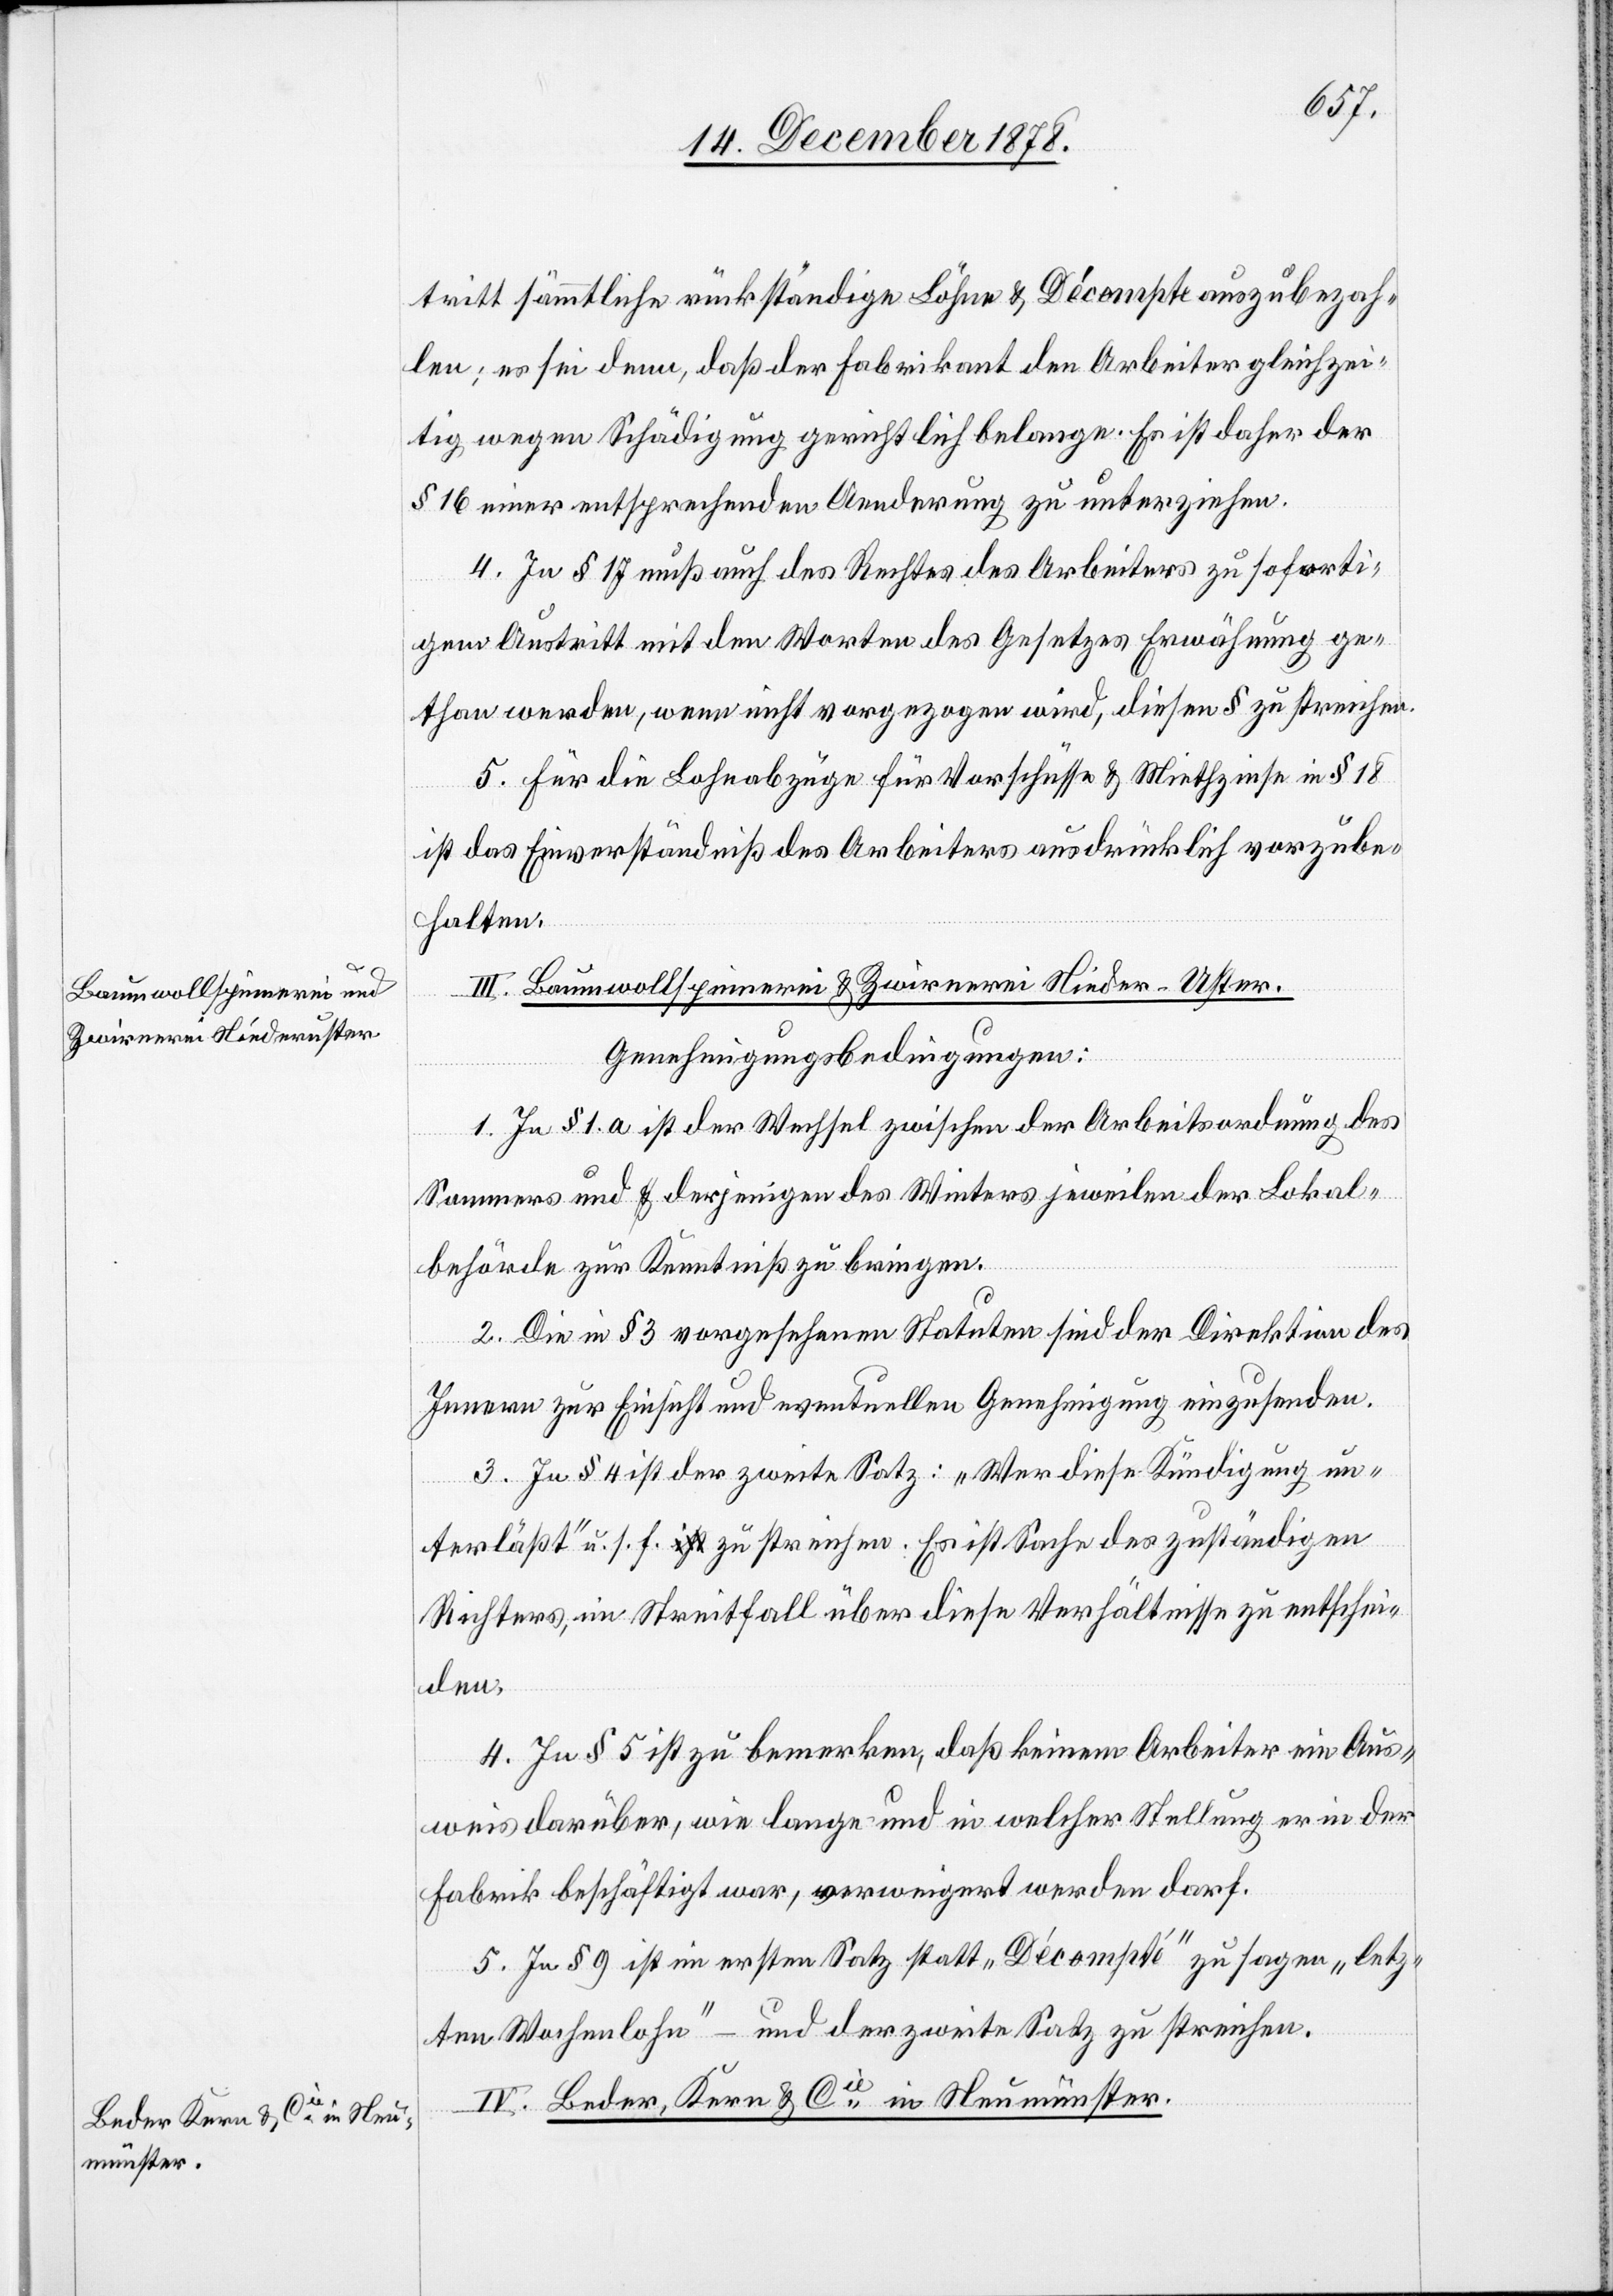
III. Baumwollspinnerei & Zwirnerei Nieder-Uster.
Genehmigungsbedingungen:
1. In § 1. a ist der Wechsel zwischen der Arbeitsordnung des
Sommers und derjenige des Winters jeweilen der Lokal¬
behörde zur Kenntniß zu bringen.
2. Die in § 3 vorgesehenen Statuten sind der Direktion des
Innern zur Einsicht und eventuellen Genehmigung einzusenden.
3. In § 4 ist der zweite Satz: „Wer diese Kündigung un¬
terlässt“ u. s. f. zu streichen. Es ist Sache des zuständigen
Richters, im Streitfall über diese Verhältnisse zu entschei¬
den.
4. In § 5 ist zu bemerken, daß keinem Arbeiter ein Aus¬
weis darüber, wie lange und in welcher Stellung er in der
Fabrik beschäftigt war, verweigert werden darf.
5. In § 9 ist im ersten Satz statt „Décompte“ zu sagen „letz¬
ten Wochenlohn“ – und der zweite Satz zu streichen.
III. Beder Kern & Cie in Neumünster.